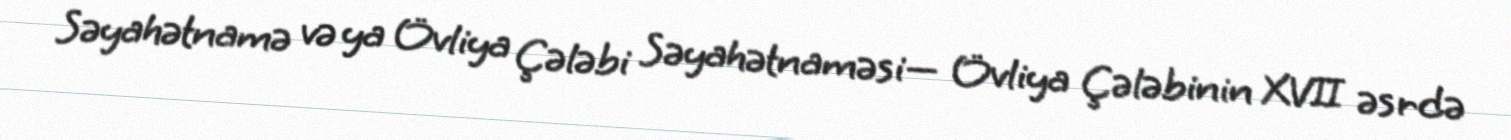
Səyahətnamə və ya Övliya Çələbi Səyahətnaməsi— Övliya Çələbinin XVII əsrdə